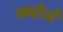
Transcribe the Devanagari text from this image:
क्योर्स